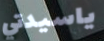
ياسيدتي